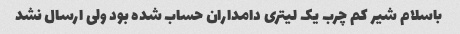
باسلام شیر کم چرب یک لیتری دامداران حساب شده بود ولی ارسال نشد